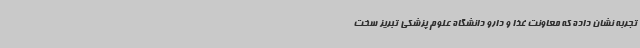
تجربه نشان داده که معاونت غذا و دارو دانشگاه علوم پزشکی تبریز سخت